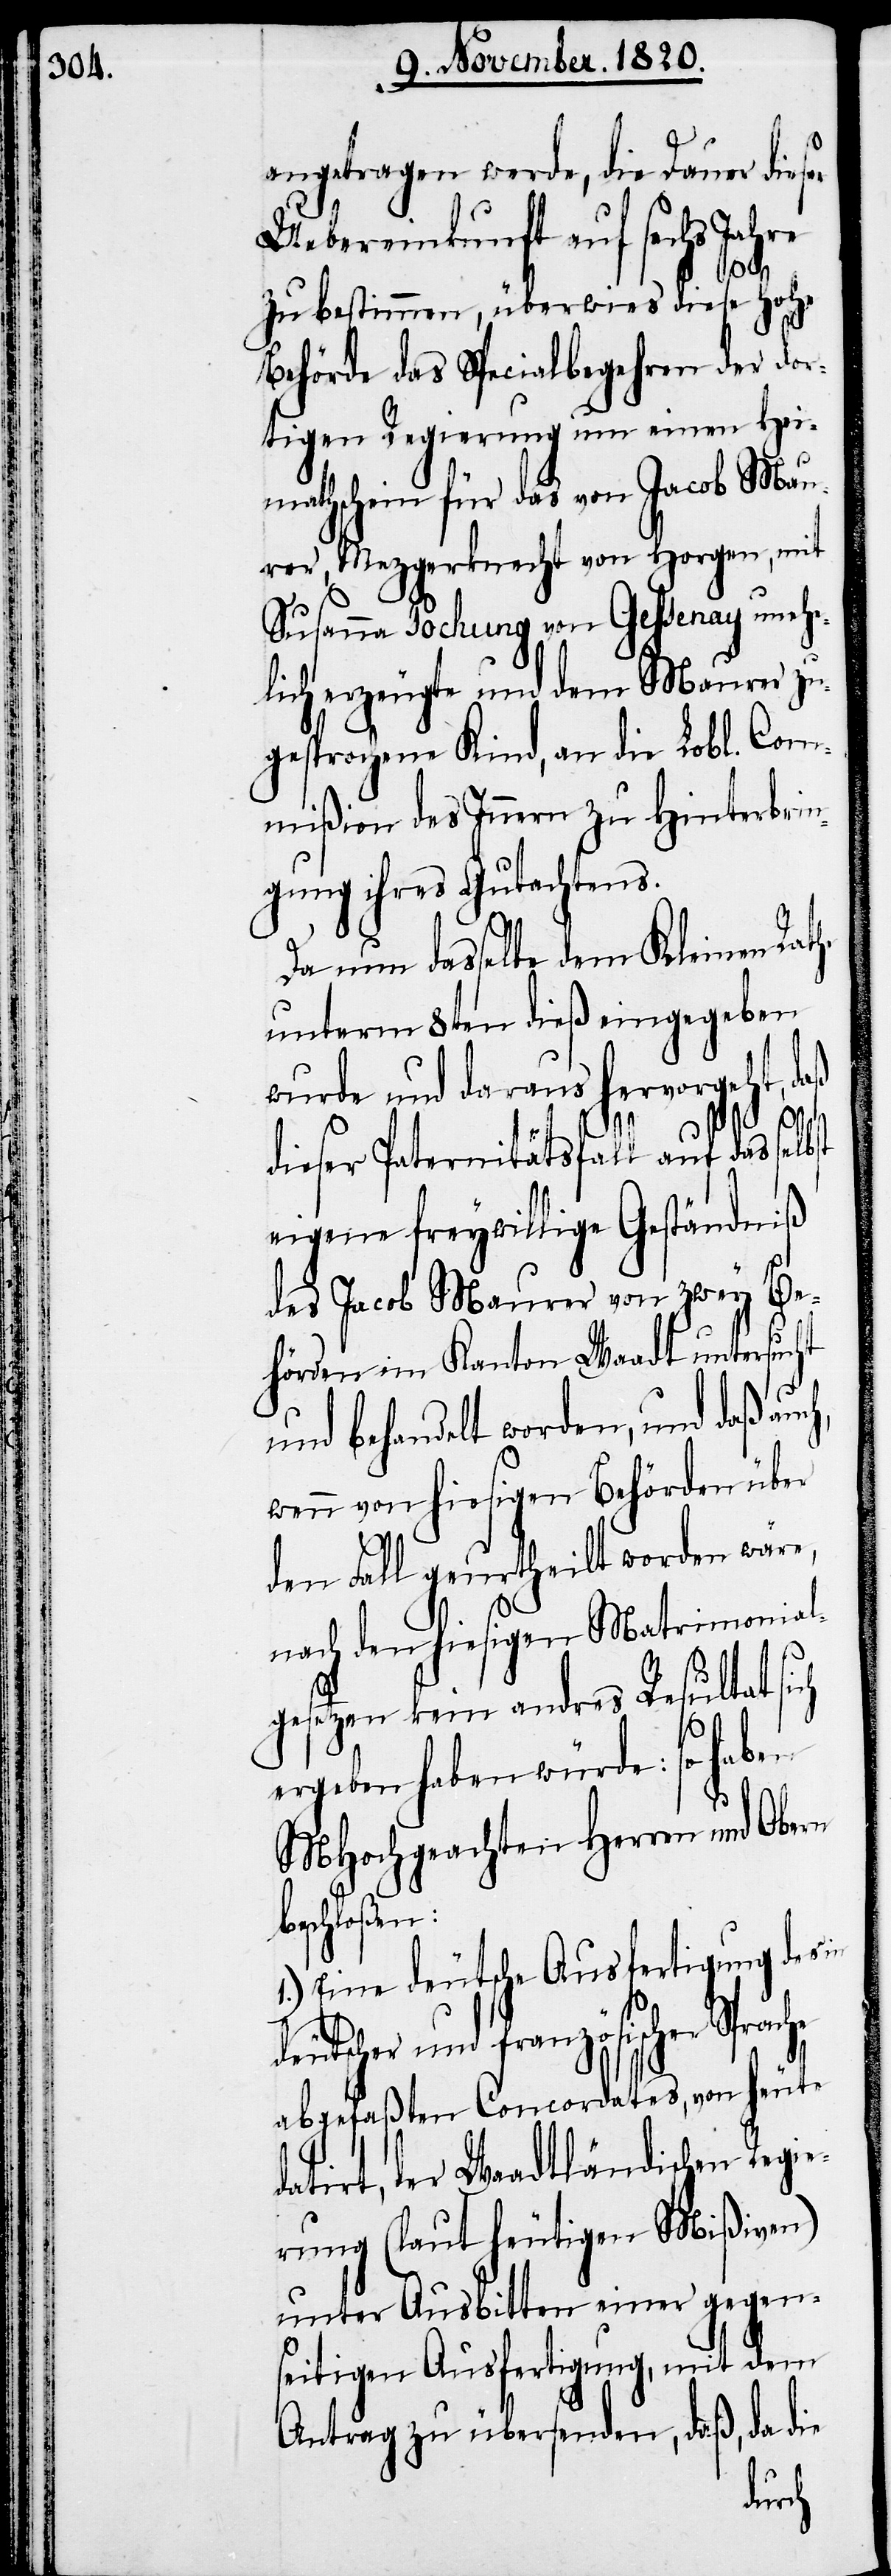
angetragen werde, die Dauer dies¬
Uebereinkunft auf sechs Jahre
zu bestimmen, überwies diese hohe
Behörde das Specialbegehren der dor¬
tigen Regierung um einen Hei¬
mathschein für das von Jacob Mau¬
rer, Mezgerknecht von Horgen, mit
Susanna Pochung von Gessenay unehe¬
lich erzeugte und dem Maurer zu¬
gesprochene Kind, an die Lobl. Com¬
mißion des Innern zu Hinterbrin¬
gung ihres Gutachtens.
Da nun dasselbe dem Kleinen Rat¬
unterm 8ten dieß eingegeben
wurde und daraus hervorgeht, daß
he
dieser Paternitätsfall auf das selbst
eigene freywillige Geständniß
des Jacob Maurer von zwey Be¬
hörden im Kanton Waadt untersucht
und behandelt worden, und daß auc¬
wenn von hiesigen Behörden über
den Fall geurtheilt worden wäre,
nach den hiesigen Matrimonial¬
gesetzen kein andres Resultat sich
ergeben haben würde: so haben
MHochgeachten Herren und Obern
beschloßen:
1.) Eine deutsche Ausfertigung des in
deutscher und französischer Sprac¬
abgefaßten Concordates, von heute
datirt, der Waadtländischen Regie¬
rung (laut heutigen Mißiven)
unter Ausbitten einer gegen¬
seitigen Ausfertigung, mit dem
Antrag zu übersenden, daß, da die